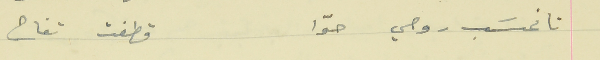
تا نحسَب روحي حوّا                                        قطفت تفاح